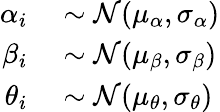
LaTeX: \begin{array}{rl}{\alpha_{i}}&{{}\sim\mathcal{N}(\mu_{\alpha},\sigma_{\alpha})}\\ {\beta_{i}}&{{}\sim\mathcal{N}(\mu_{\beta},\sigma_{\beta})}\\ {\theta_{i}}&{{}\sim\mathcal{N}(\mu_{\theta},\sigma_{\theta})}\end{array}